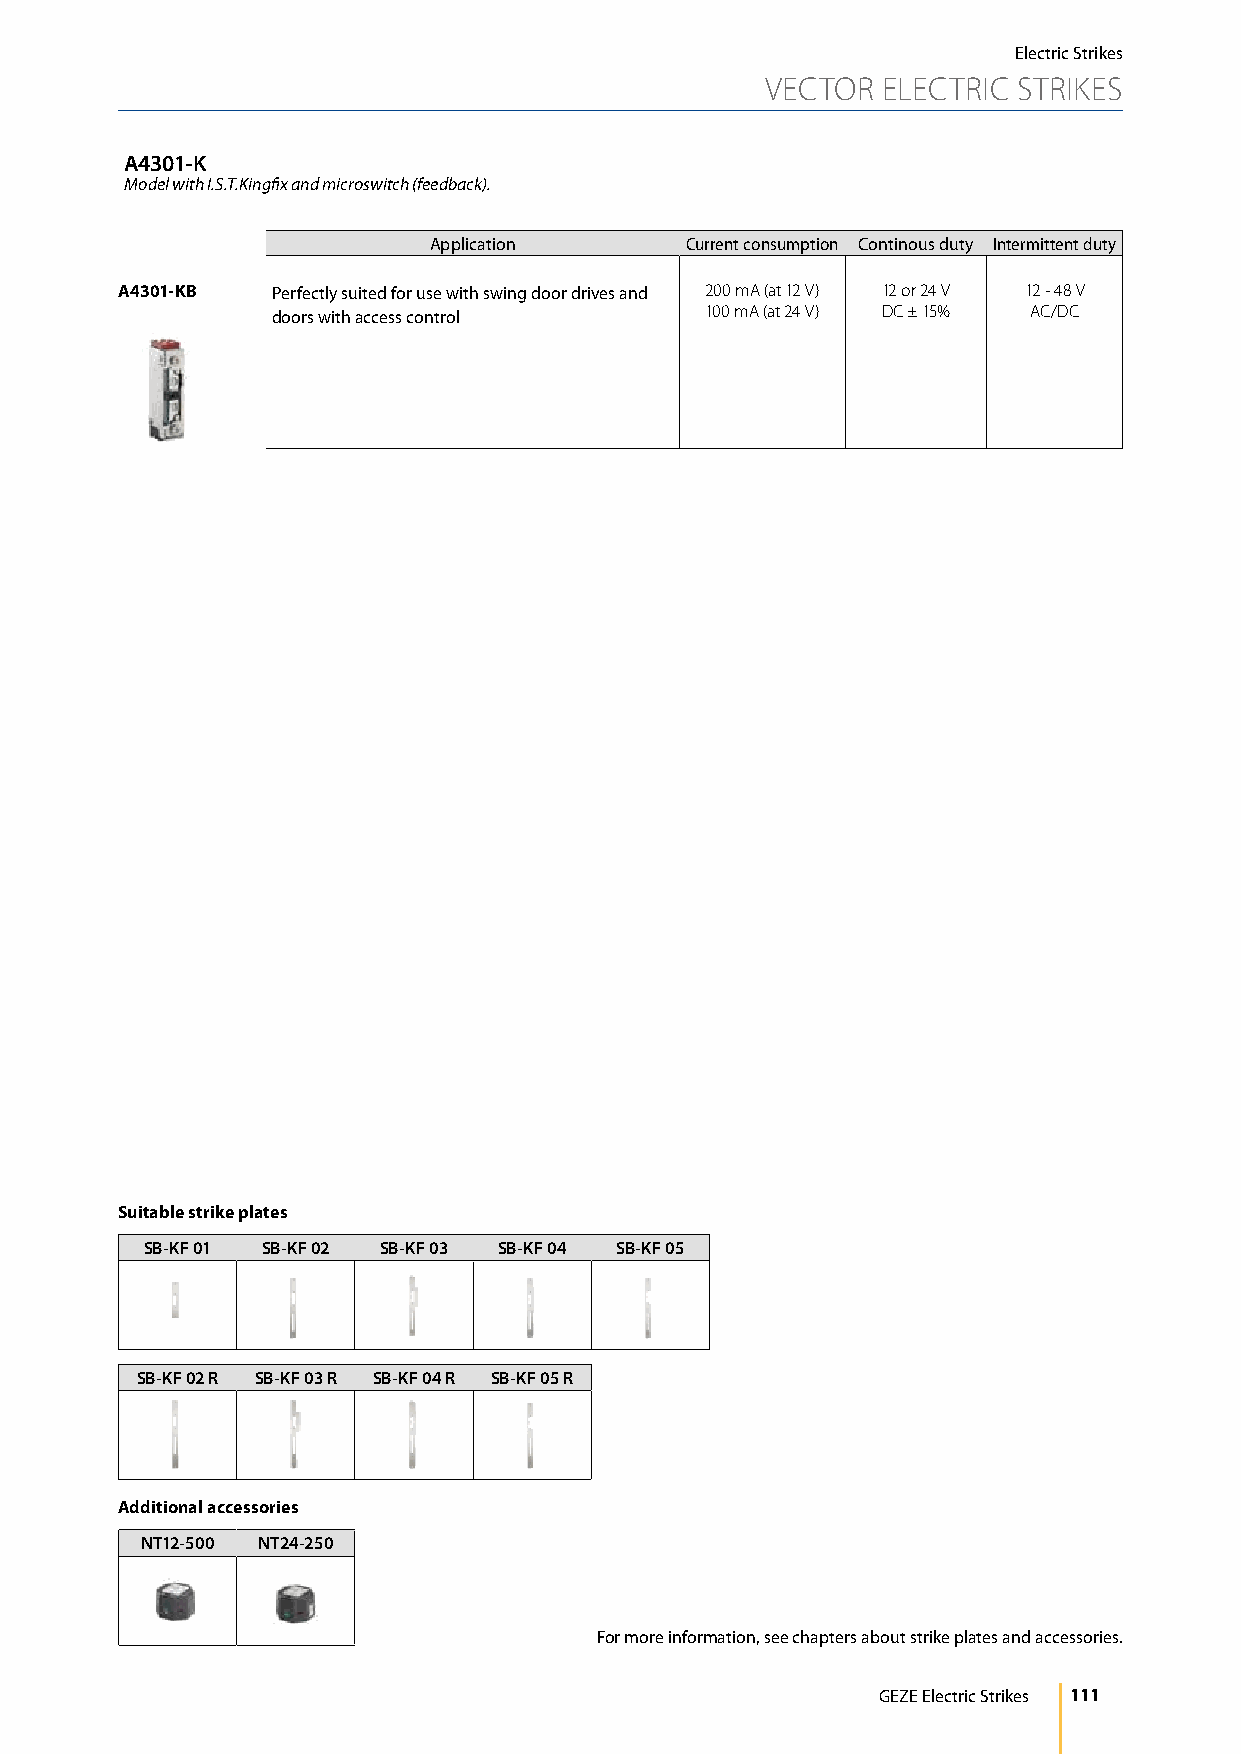
Electric Strikes
 VECTOR ELECTRIC STRIKES
 A4301-K
 Model with I.S.T.Kingfix and microswitch (feedback).
 Application      Current consumption Continous duty Intermittent duty
 A4301-KB  Perfectly suited for use with swing door drives and 200 mA (at 12 V) 12 or 24 V 12 - 48 V
 doors with access control    100 mA (at 24 V) DC ± 15% AC/DC
 Suitable strike plates
 SB-KF 01 SB-KF 02 SB-KF 03 SB-KF 04 SB-KF 05
 SB-KF 02 R SB-KF 03 R SB-KF 04 R SB-KF 05 R
 Additional accessories
 NT12-500 NT24-250
 For more information, see chapters about strike plates and accessories.
 GEZE Electric Strikes 111